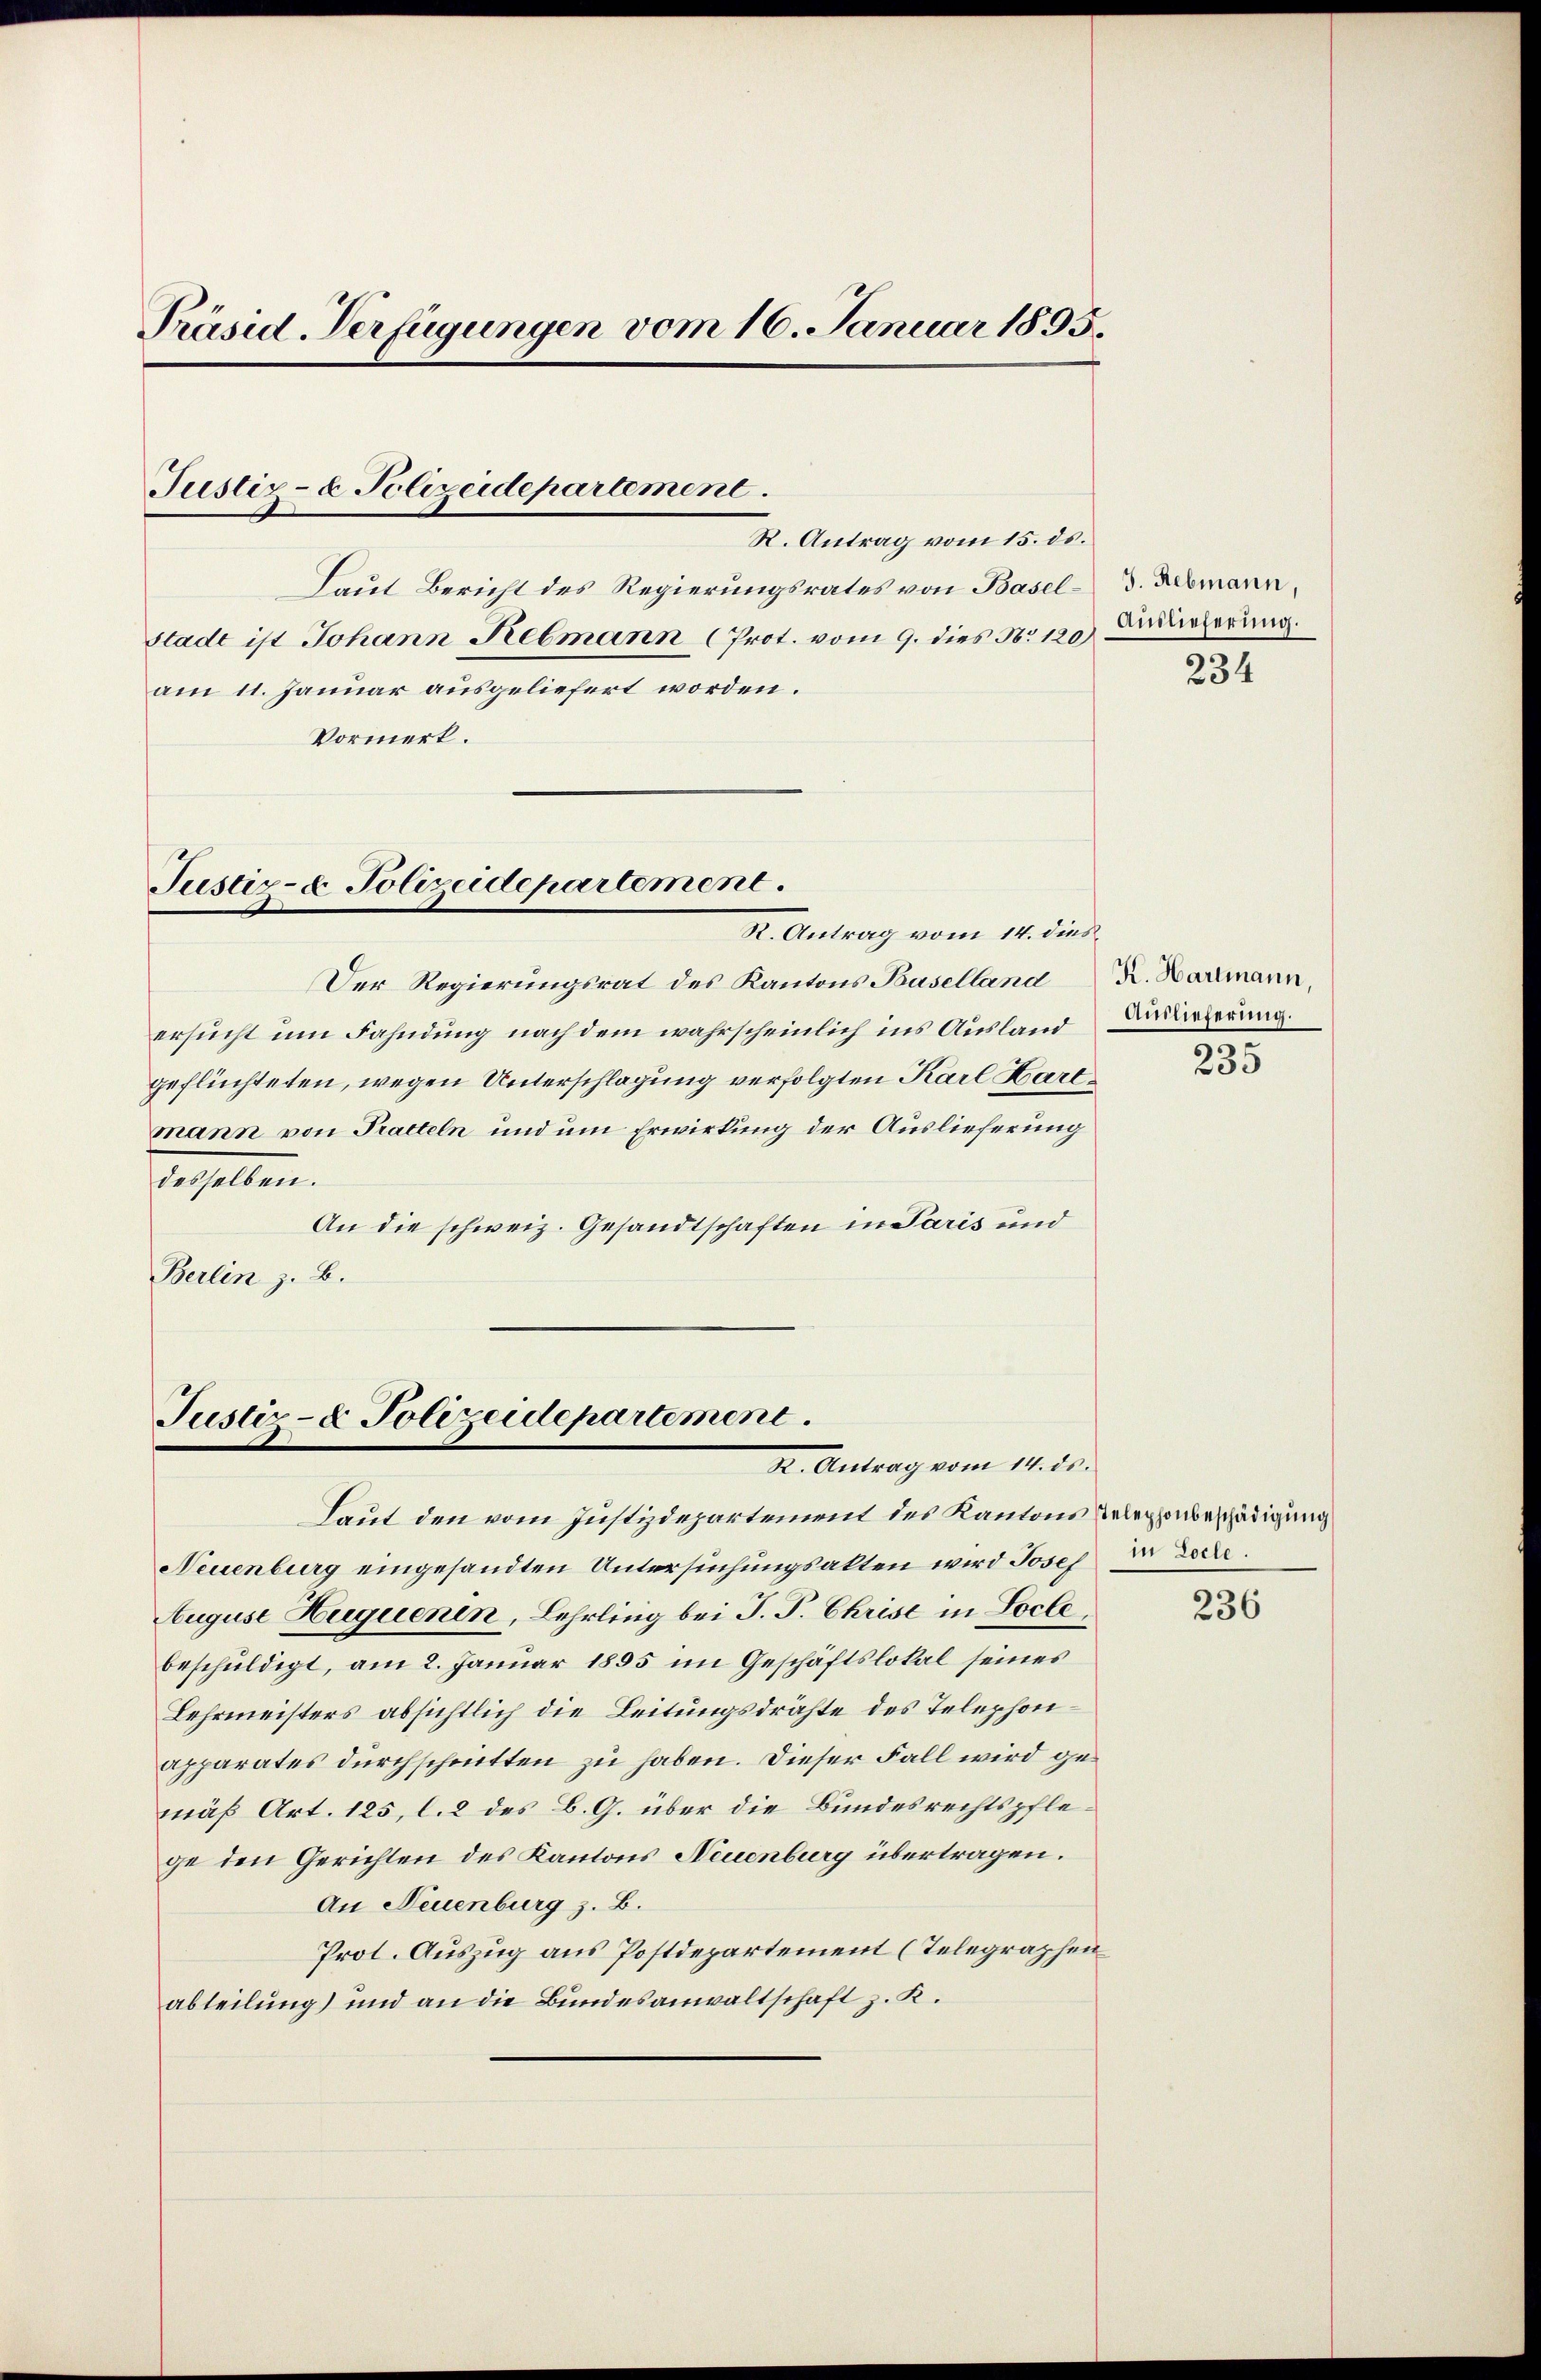
Präsid. Verfügungen vom 16. Januar 1895.
Justiz- & Polizeidepartement.
R. Antrag vom 15. ds.
Laut Bericht des Regierungsrates von Basel d. Abmann,
stadt ist Johann Rebmann (Prot. vom 9. dies No 120
am 11. Januar ausgeliefert worden.
Vormerk.

Justiz- & Polizeidepartement.

R. Antrag vom 14. dies
Der Regierungsrat des Kantons Baselland
ersucht um Fahndung nach dem wahrscheinlich ins Ausland
geflüchteten, wegen Unterschlagung verfolgten Karl Hartmann von Tratteln und um Erwirkung der Auslieferung
desselben.
An die schweiz. Gesandtschaften in Paris und
Berlin z. B.

Justiz- & Polizeidepartement.
I. Antrag vom 11. ds.

Laut den vom Justizdepartement des Kantons Telephonbeschädigung
Neuenburg eingesandten Untersuchungsakten wird Josef in Loche.
August Huquenen, Lehrling bei J. P. Chrise in Pocle,
beschuldigt, am 2. Januar 1895 im Geschäftslokal seines
Lehrmeisters absichtlich die Leitungsdrähte des Telephonapparates durchschnitten zu haben. Dieser Fall wird gemäß Art. 125, l. 2 des B. G. über die Bundesrechtspflege den Gerichten des Kantons Neuenburg übertragen.
An Neuenburg z. B.
Prot. Auszug aus Postdepartement (Telegraphen
abteilung) und an die Bundesanwaltschaft z. K.

Auslieferung.

234

K. Hartmann,
Auslieferung.
235

236